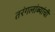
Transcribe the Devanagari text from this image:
तरंगलांब्यांची